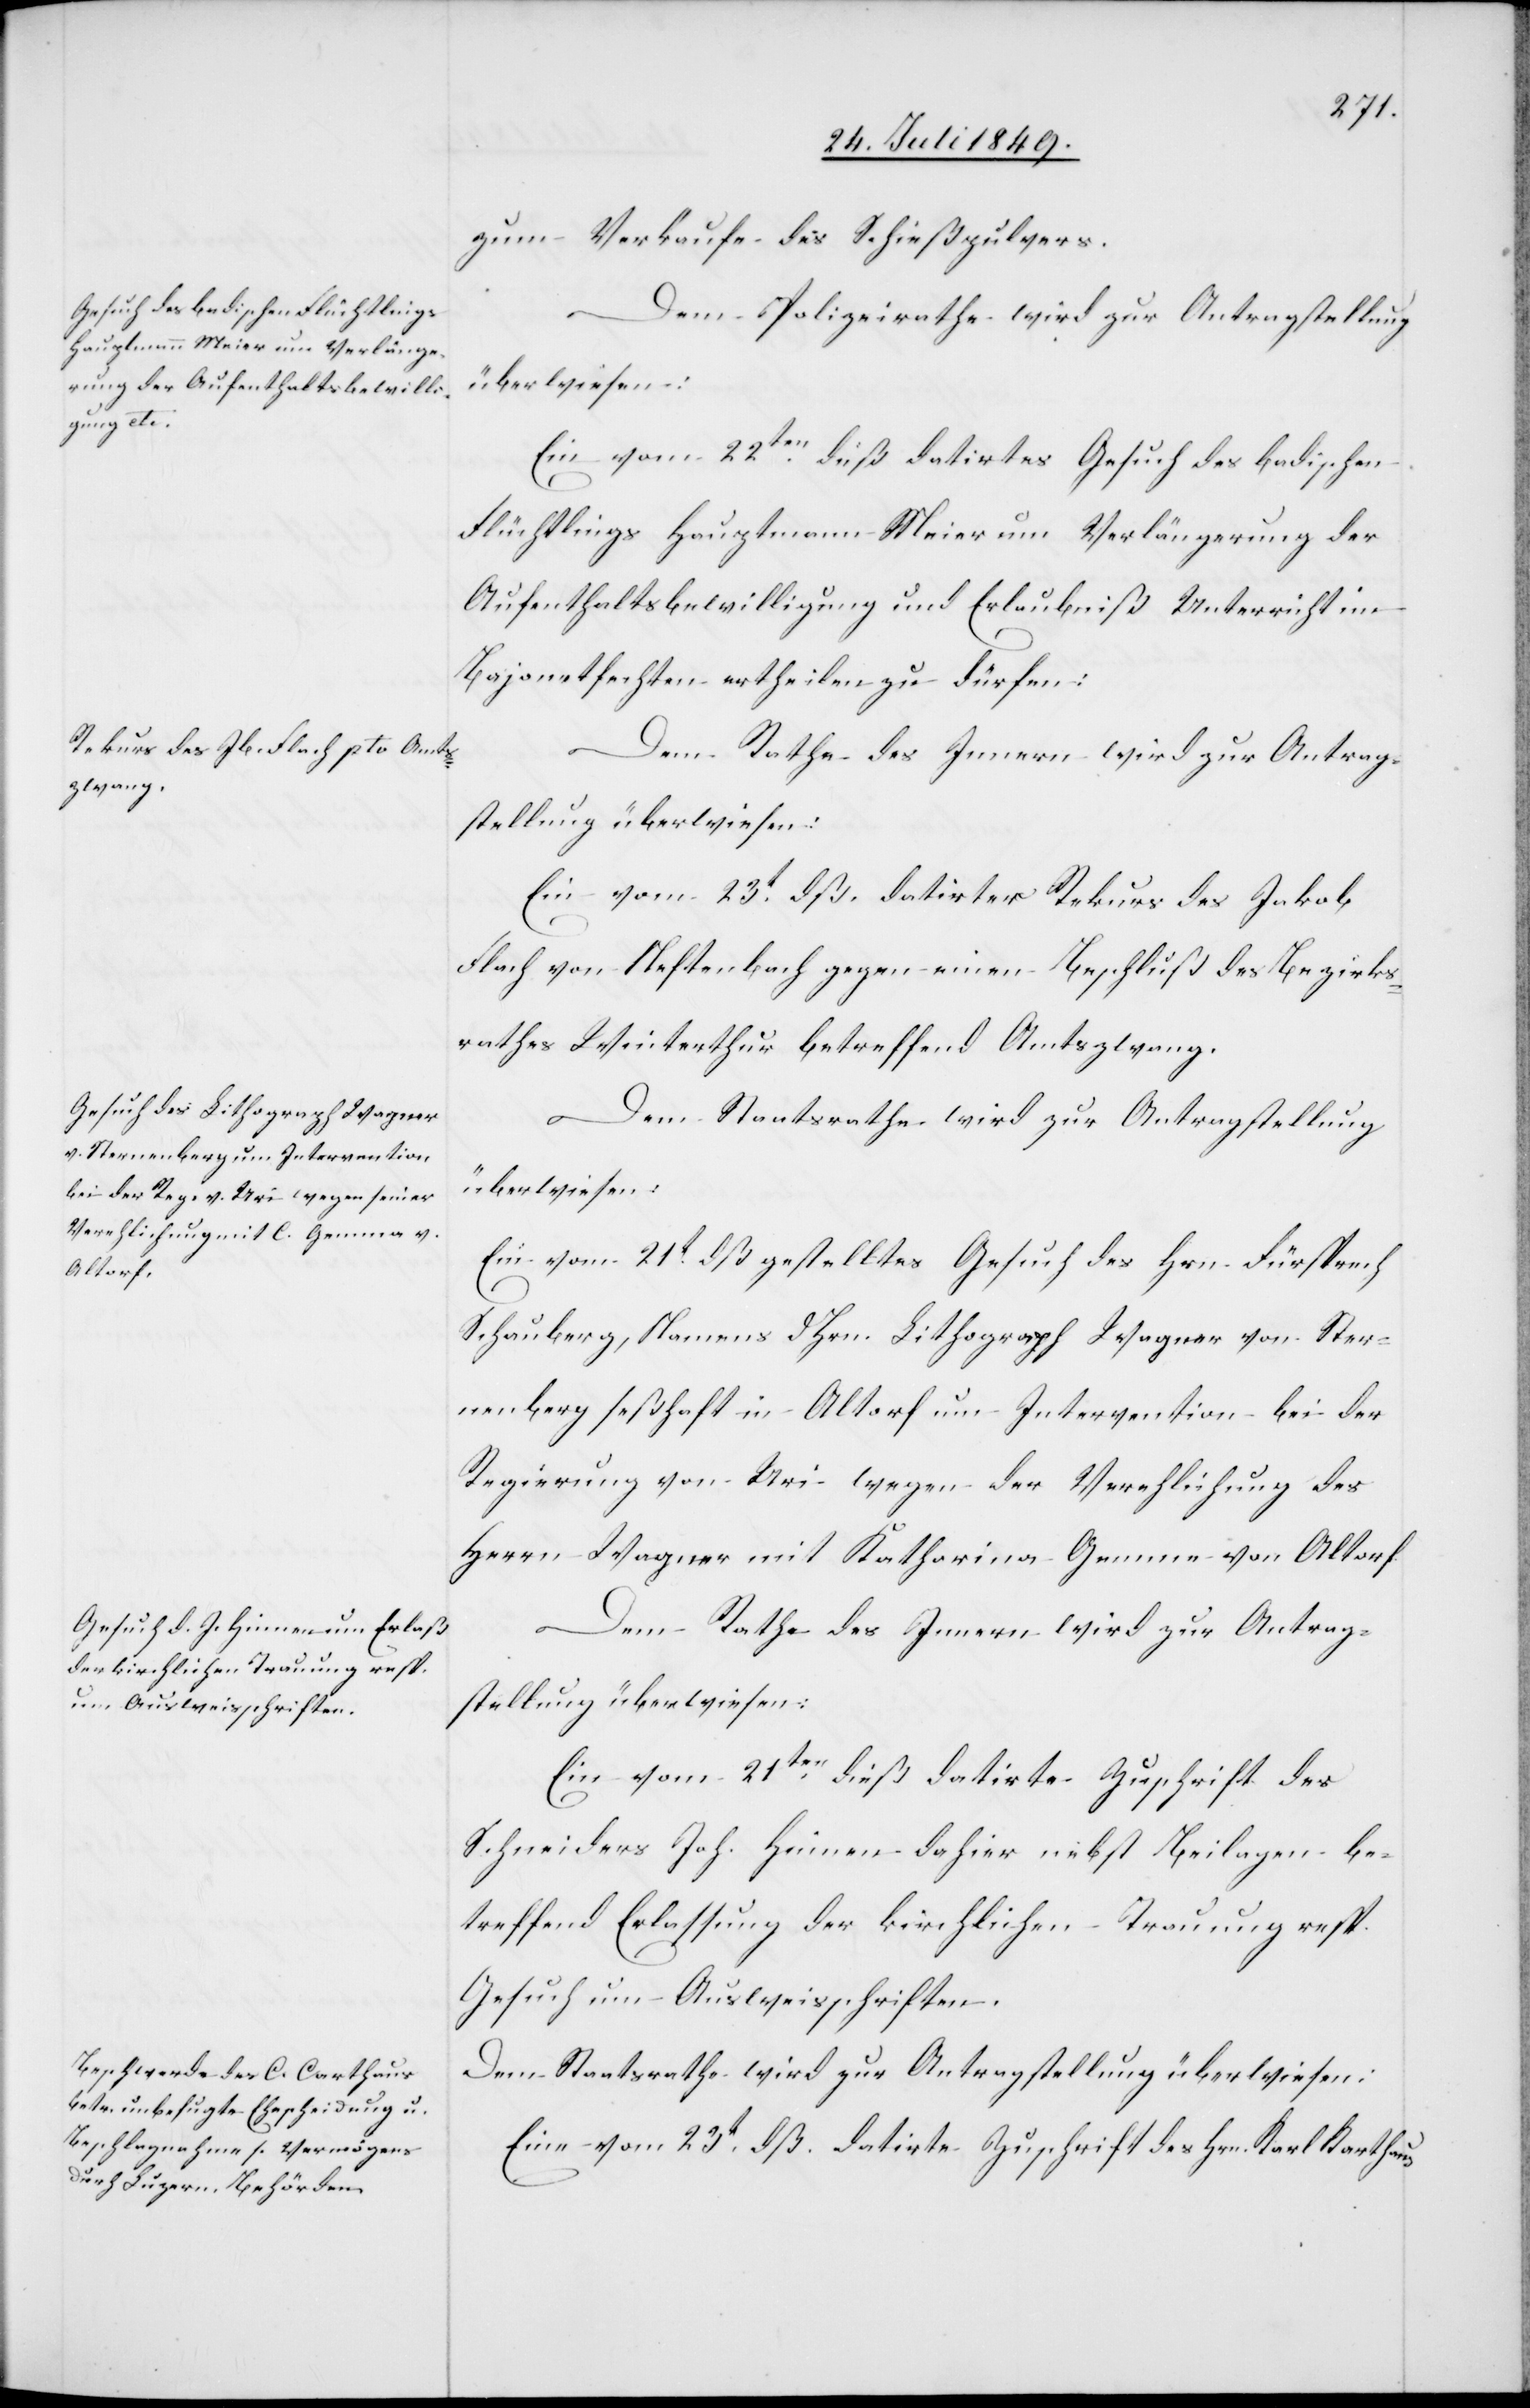
zum Verkaufe des Schießpulvers.
Dem Polizeirathe wird zur Antragstellung
überwiesen:
Ein vom 22ten dieß datirtes Gesuch des badischen
Flüchtlings Hauptmann Meier um Verlängerung der
Aufenthaltsbewilligung und Erlaubniß Unterricht im
Bajonetfechten ertheilen zu dürfen:
Dem Rathe des Innern wird zur Antrag¬
stellung überwiesen:
Ein vom 23t dß. datirter Rekurs des Jakob
Flach von Neftenbach gegen einen Beschluß des Bezirks¬
rathes Winterthur betreffend Amtszwang.
Ein vom 21t dß gestelltes Gesuch des Hrn. Fürsprech
Schauberg, Namens d Hrn. Lithograph Wagner von Ster¬
nenberg seßhaft in Altorf um Intervention bei der
Regierung von Uri wegen der Verehlichung des
Herrn Wagner mit Katharina Gemma von Altorf.
Dem Rathe des Innern wird zur Antrag¬
stellung überwiesen:
Ein vom 21ten dieß datirte Zuschrift des
Schneiders Joh. Hinnen dahier nebst Beilagen be¬
treffend Erlassung der kirchlichen Trauung resp.
Gesuch um Ausweisschriften.
Dem Staatsrathe wird zur Antragstellung überwiesen:
Eine vom 23t dß. datirte Zuschrift des Hrn. Karl Karthaus